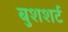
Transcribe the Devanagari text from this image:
बुशशर्ट